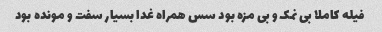
فیله کاملا بی نمک و بی مزه بود سس همراه غدا بسیار سفت و مونده بود